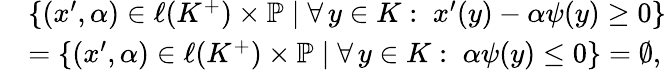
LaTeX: \begin{array}{rl}&{\{ (x^{\prime},\alpha)\in\ell(K^{+})\times\mathbb{P}\mid\forall\, y\in K:\; x^{\prime}(y)-\alpha\psi(y)\geq 0\} }\\ &{=\{ (x^{\prime},\alpha)\in\ell(K^{+})\times\mathbb{P}\mid\forall\, y\in K:\; \alpha\psi(y)\leq 0\} =\emptyset,}\end{array}